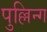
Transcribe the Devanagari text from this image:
पुल्लिन्ग